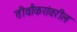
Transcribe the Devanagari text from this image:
तीर्थांकरांवरील